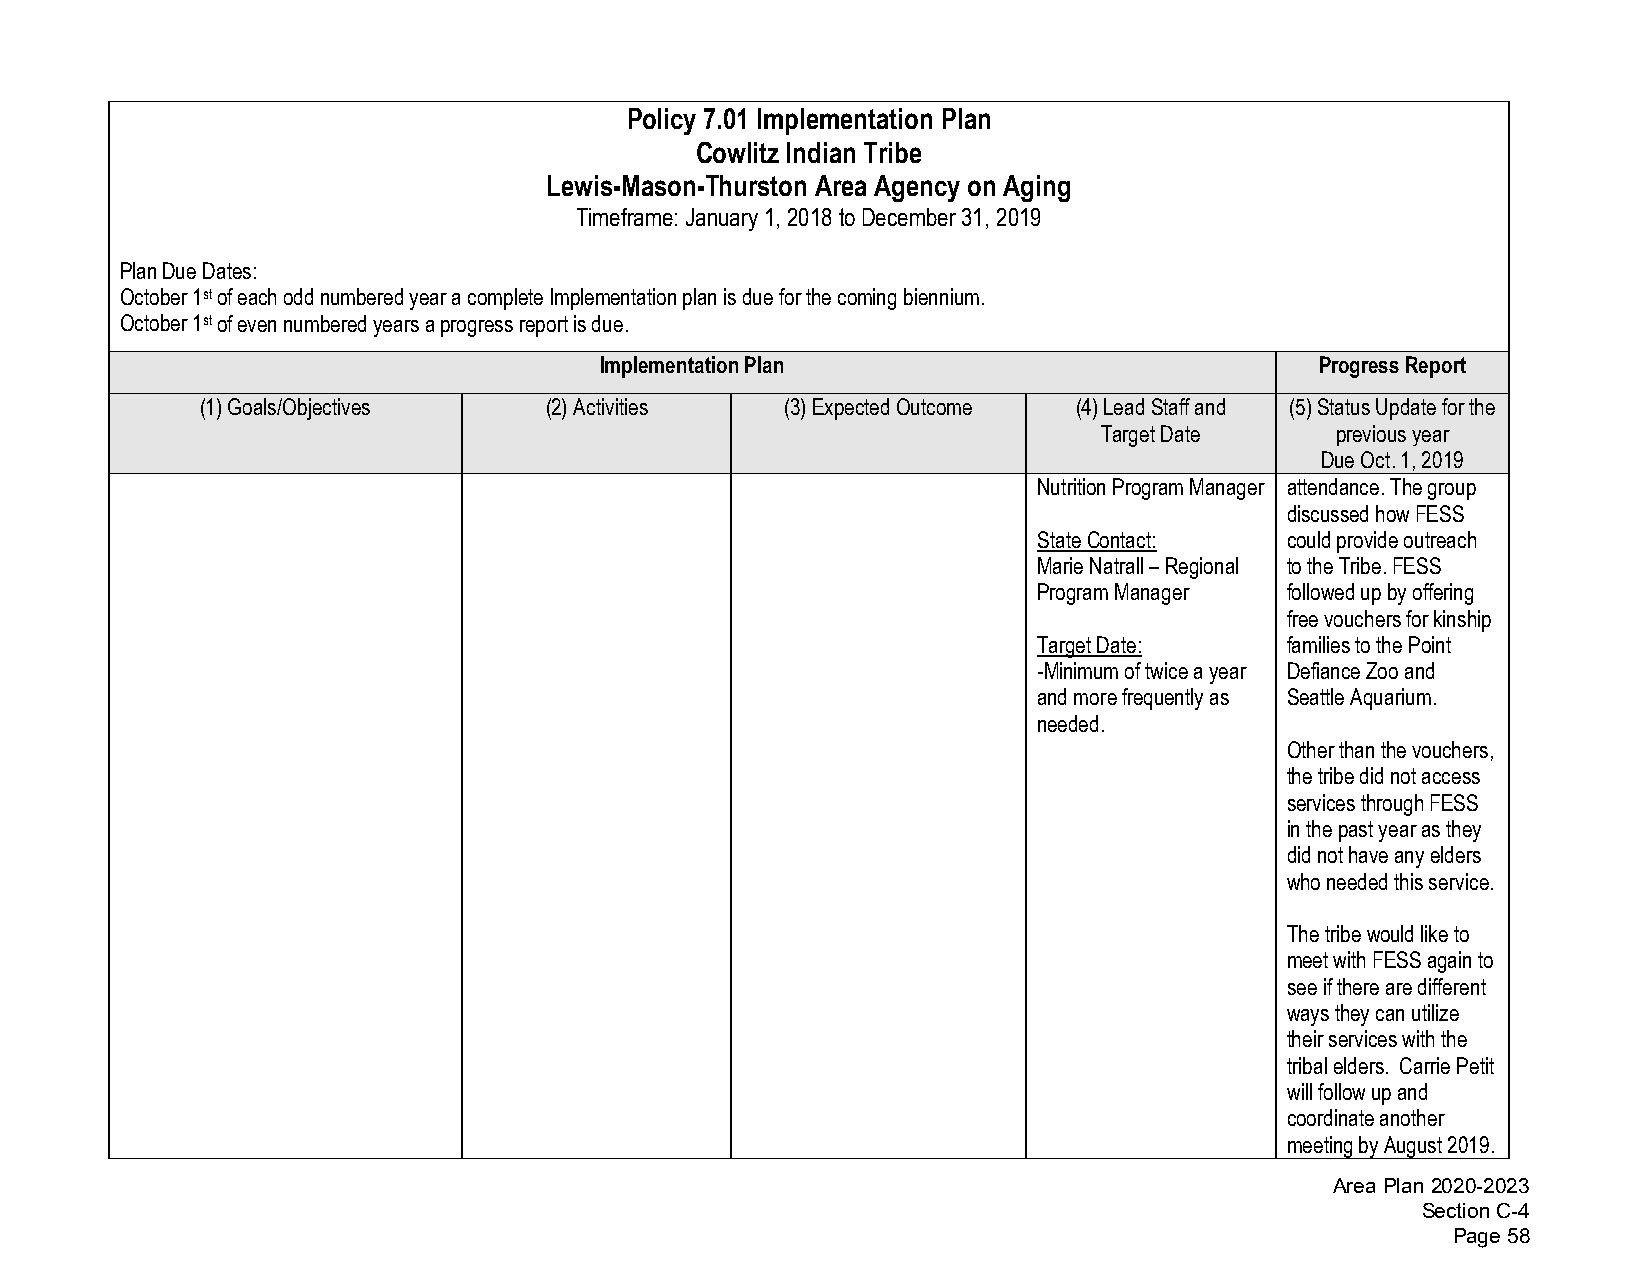
Policy 7.01 Implementation Plan
 Cowlitz Indian Tribe
 Lewis-Mason-Thurston Area Agency on Aging
 Timeframe: January 1, 2018 to December 31, 2019
 Plan Due Dates:
 October 1st of each odd numbered year a complete Implementation plan is due for the coming biennium.
 October 1st of even numbered years a progress report is due.
 Implementation Plan                            Progress Report
 (1)Goals/Objectives    (2)Activities   (3)Expected Outcome (4)Lead Staff and (5)Status Update for the
 Target Date    previous year
 Due Oct. 1, 2019
 Nutrition Program Manager attendance. The group
 discussed how FESS
 State Contact:  could provide outreach
 Marie Natrall – Regional to the Tribe. FESS
 Program Manager followed up by offering
 free vouchers for kinship
 Target Date:    families to the Point
 -Minimum of twice a year Defiance Zoo and
 and more frequently as Seattle Aquarium.
 needed.
 Other than the vouchers,
 the tribe did not access
 services through FESS
 in the past year as they
 did not have any elders
 who needed this service.
 The tribe would like to
 meet with FESS again to
 see if there are different
 ways they can utilize
 their services with the
 tribal elders. Carrie Petit
 will follow up and
 coordinate another
 meeting by August 2019.
 Area Plan 2020-2023
 Section C-4
 Page 58